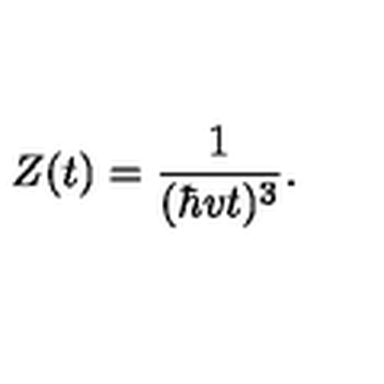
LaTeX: Z ( t ) = { \frac { 1 } { ( \hbar v t ) ^ { 3 } } } .